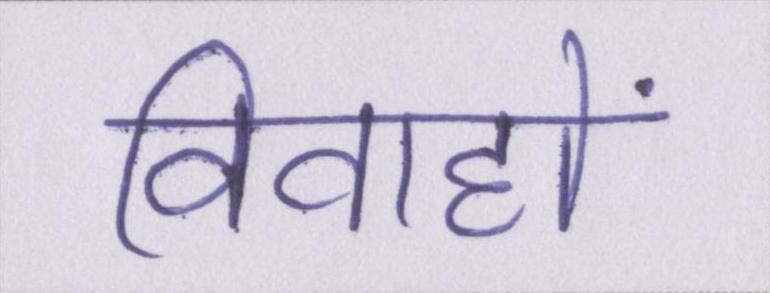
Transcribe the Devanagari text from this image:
विवाहों